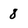
Character: 8